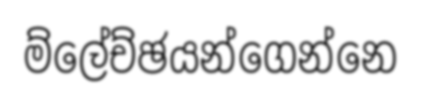
ම්ලේච්ඡයන්ගෙන්නෙ